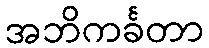
အဘိကင်္ခတာ